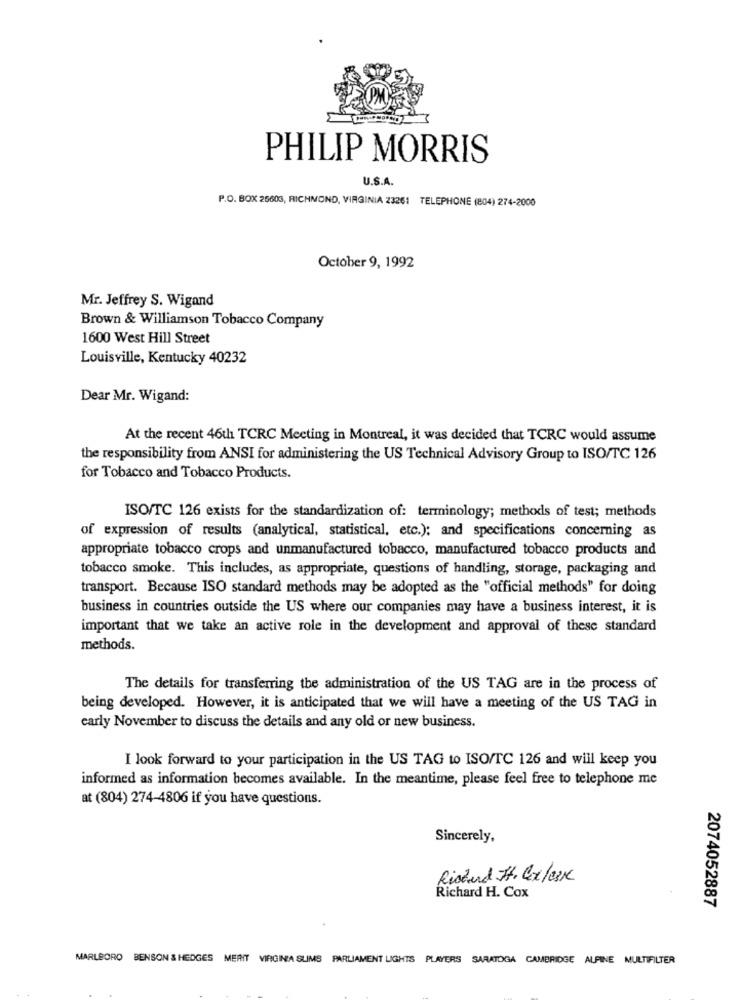
PHILIP MORRIS
U.S.A.
P.O. BOX 26603, RICHMOND, VIRGINIA 23261 TELEPHONE (804) 274-2000
October 9, 1992
Mr. Jeffrey S. Wigand
Brown & Williamson Tobacco Company
1600 West Hill Street
Louisville, Kentucky 40232
Dear Mr. Wigand:
At the recent 46th TCRC Meeting in Montreal, it was decided that TCRC would assume
the responsibility from ANSI for administering the US Technical Advisory Group to ISO/TC 126
for Tobacco and Tobacco Products.
ISO/TC 126 exists for the standardization of: terminology; methods of test; methods
of expression of results (analytical, statistical, etc.): and specifications concerning as
appropriate tobacco crops and unmanufactured tobacco, manufactured tobacco products and
tobacco smoke. This includes, as appropriate, questions of handling, storage, packaging and
transport. Because ISO standard methods may be adopted as the "official methods" for doing
business in countries outside the US where our companies may have a business interest, it is
important that we take an active role in the development and approval of these standard
methods.
The details for transferring the administration of the US TAG are in the process of
being developed. However, it is anticipated that we will have a meeting of the US TAG in
early November to discuss the details and any old or new business.
I look forward to your participation in the US TAG to ISO/TC 126 and will keep you
informed as information becomes available. In the meantime, please feel free to telephone me
at (804) 274-4806 if you have questions.
Sincerely,
Richard H. Coxlesk
Richard H. Cox
2074052887
MARLBORO BENSON & HEDGES MERIT VIRGINIA SUMS PARLIAMENT LIGHTS PLAYERS SARATOGA CAMBRIDGE ALPINE MULTIFILTER